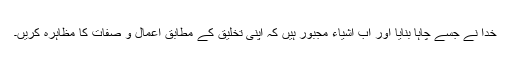
خدا نے جسے چاہا بنایا اور اب اشیاء مجبور ہیں کہ اپنی تخلیق کے مطابق اعمال و صفات کا مظاہرہ کریں۔